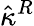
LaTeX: \hat{\kappa}^{R}